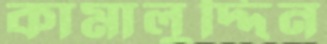
কামালুদ্দিন